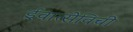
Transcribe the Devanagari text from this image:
ईवात्सेविची